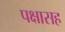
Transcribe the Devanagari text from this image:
पक्षासह